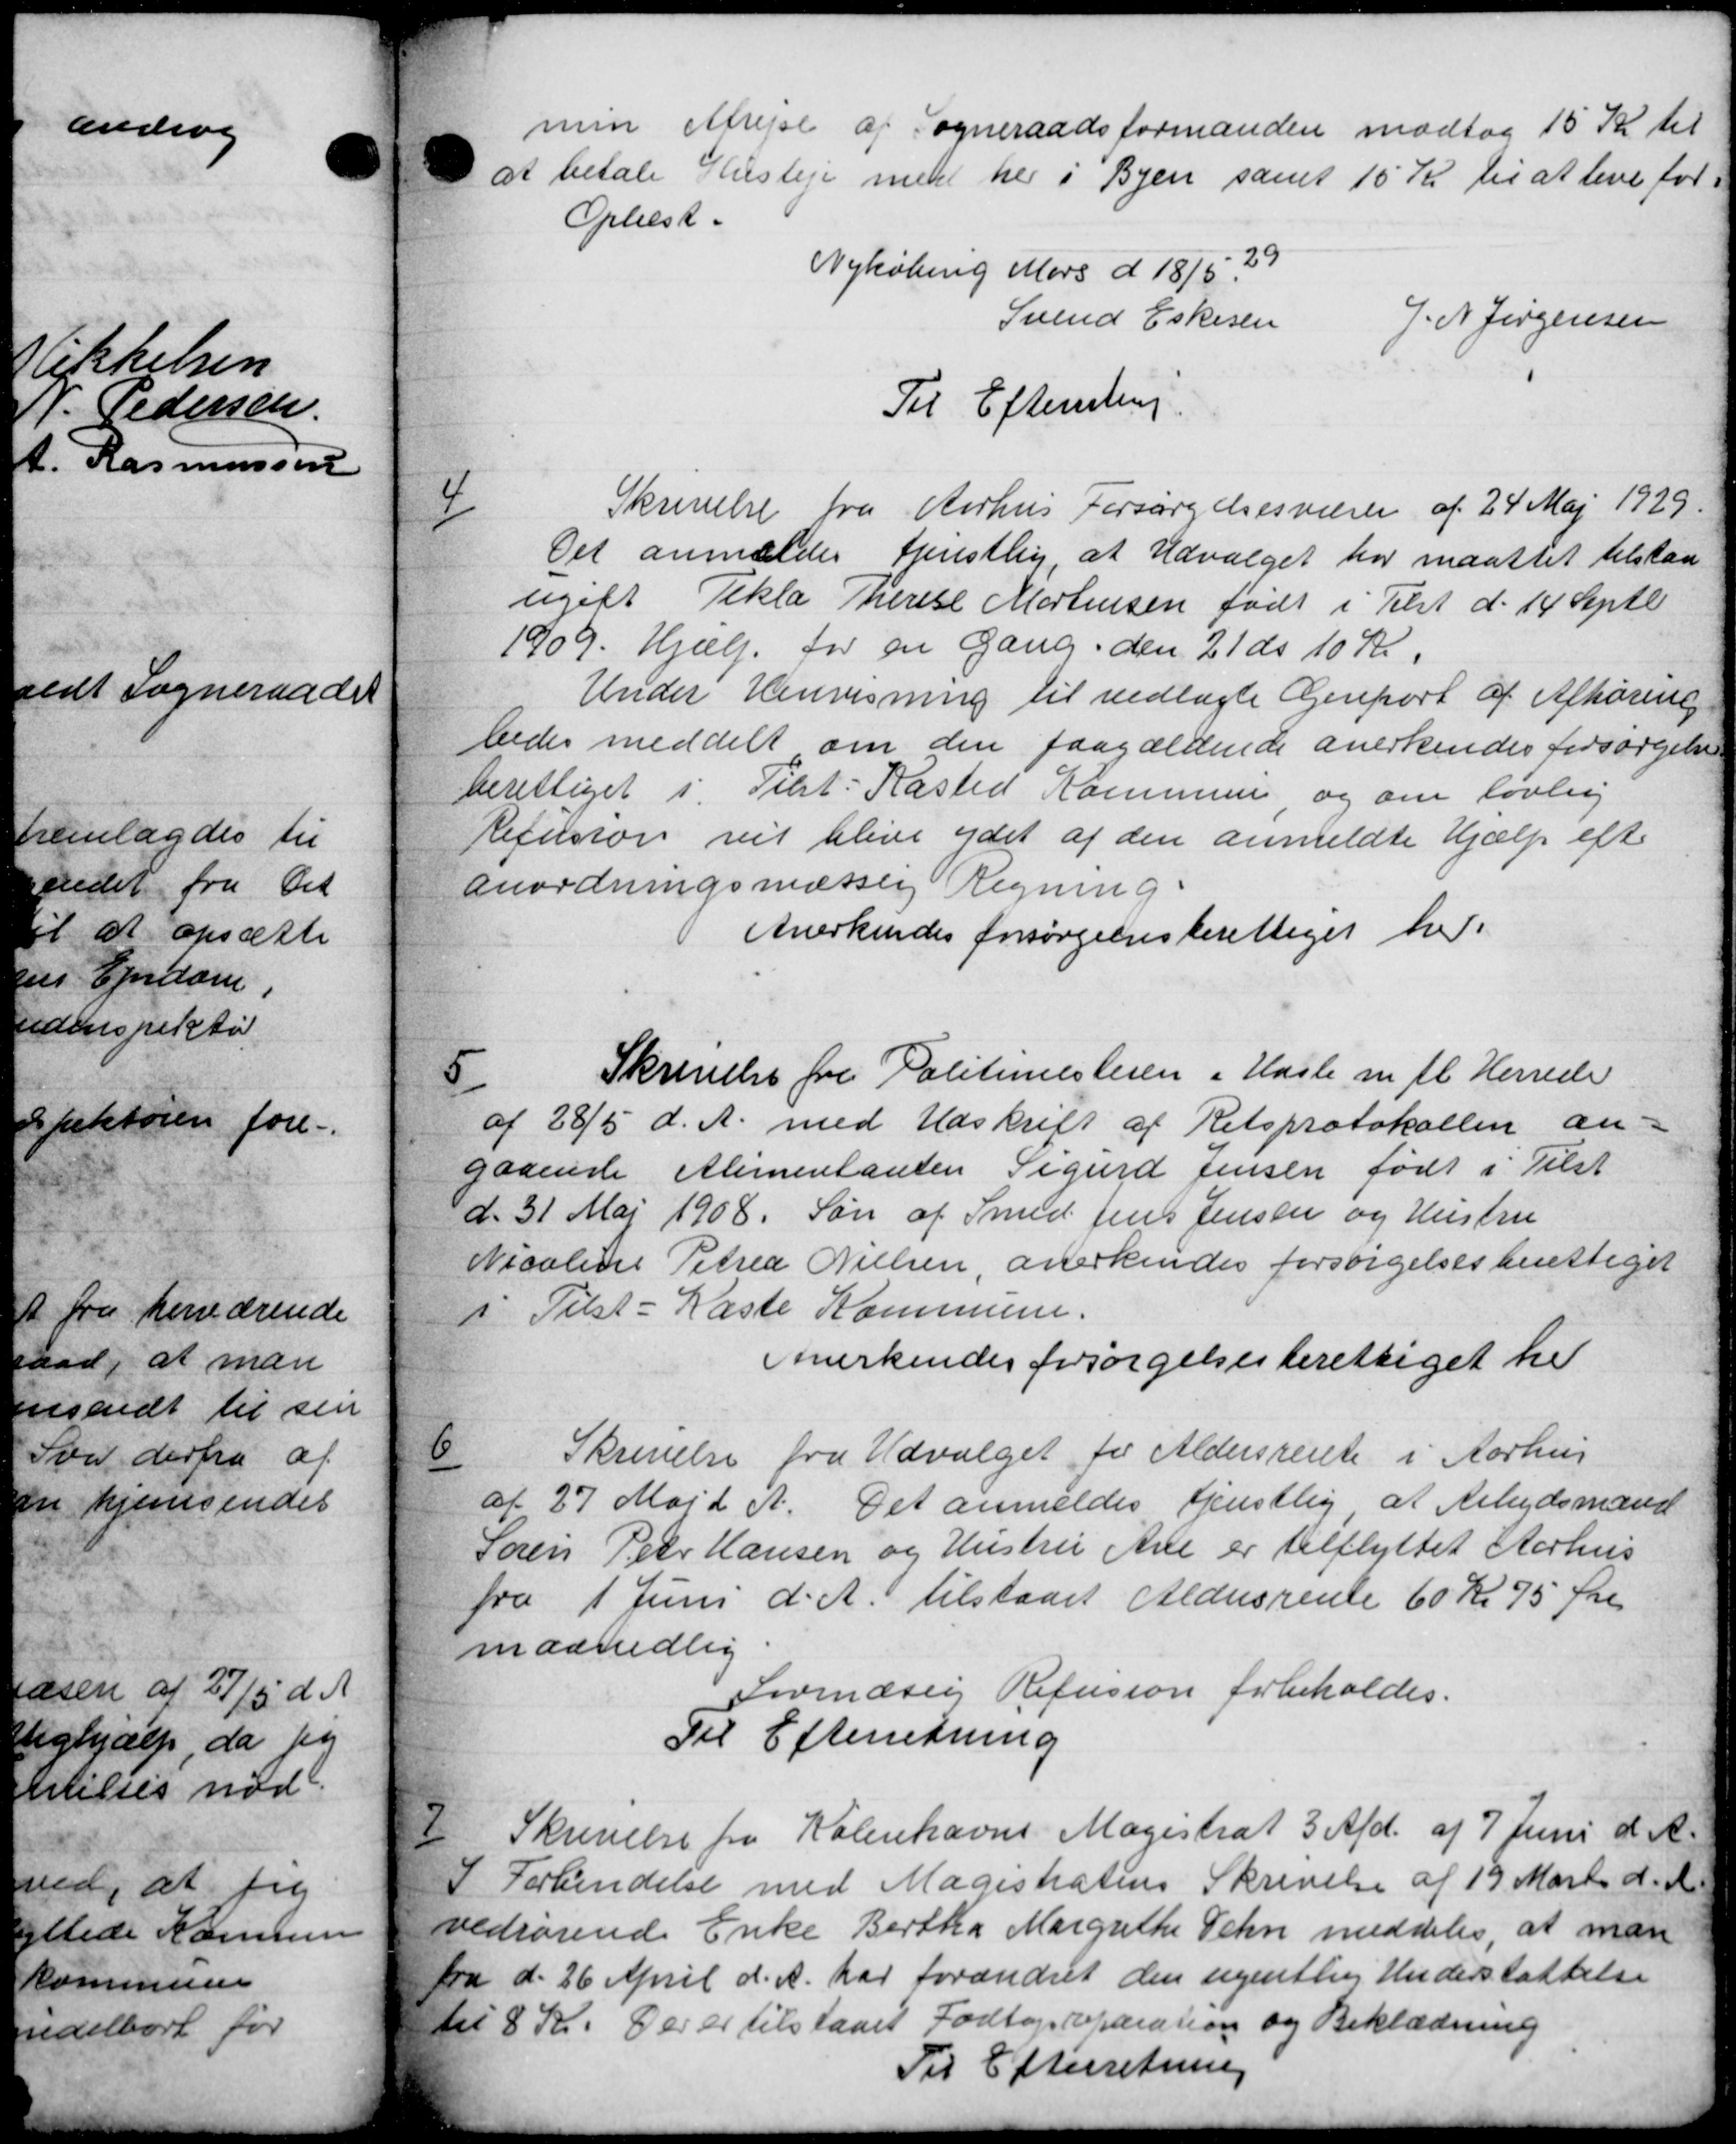
Transskription:
min Afrejse af Sogneraadsformanden modtog 15 Kr til
at betale Hustru medt her i Byen samt 15 Kr til at leve for
Oplæst.
Nykøbing Mors d 18/5.
Svend Eskesen
J. N. Jørgensen
Til Efterretning.
1
Skrivelse fra Aarhus Forsørgelsesvæsen af 24 Maj 1929.
Det anmeldes Henstlig, at Udvalget har maattet tilstaa
ugift Tekla Therese Mortensen født i Tilst d. 14 Septb
1909. Hjælp for en Gang. den 21 ds 10 Kr.
Under Henvisning til vedlagte Genport af Afhøring
bedes meddelt om den paagældende anerkendes forsørgelse
berettiget i Tilst Kasted Kommune og om lovlig
Refusion vil blive ydet af den anmeldte Hjælp efter
anordningsmæssig Regning.
Anerkendes forsørgelsesberettiget her.

Skrivelse fra Politimesteren i Hasle m. fl. Herrede
af 28/5 d. A. med Udskrift af Retsprotokollen an-
gaaende Alimentanten Sigurd Jensen født i Tilst
d. 31 Maj 1908. Søn af Smed Jens Jensen og Hustru
Nicoline Petrea Nielsen, anerkendes forsørgelsesberettiget
i Tilst - Kaste Kommune.
Anerkendes forsørgelsesberettiget her

Skrivelse fra Udvalget for Aldersrente i Aarhus
af 27 Maj d A. Det anmeldes Genstlig at Arbejdsmænd
Søren Peter Hansen og Hustru Ane er tilflyttet Aarhus
fra 1 Juni d. A. tilstaaet Aldersrente 60 Kr 75 Øre
maanedlig
Lovmæsig Refusion forbeholdes.
Til Efterretning

Skrivelse fra Københavns Magistrat 3 Afd. af 7 Juni d. A.
I Forkendelse med Magistratens Skrivelse af 19 Marts d. A.
vedrørende Enke Bertha Margrethe Sehn meddeles at man
fra d. 26 April d. A. har forandret den ugentlig Understøttelse
til 8 Kr. Der er tilstaaet Fodtøjsreparation og Beklædning
Til Efterretning